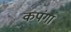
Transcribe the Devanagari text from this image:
कपंगा